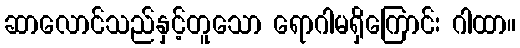
ဆာလောင်သည်နှင့်တူသော ရောဂါမရှိကြောင်း ဂါထာ။